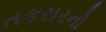
તકરારનો